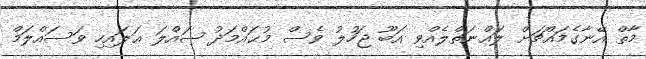
މާތް އޭނާގެމައްޗަށް ލަޢްނަތްލެއްވި އަބޫ ޖަހުލު ވެސް މުޙައްމަދު ޞައްލަ ޢަލައިހި ވަސައްލަމް